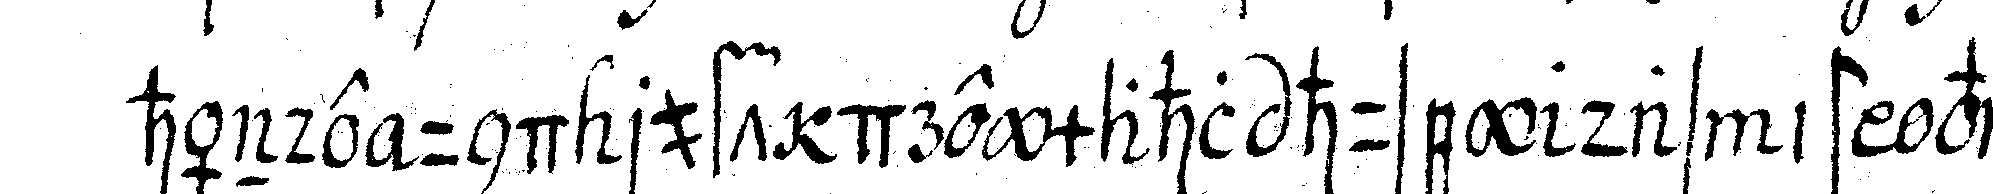
hände und ruft dreymahl husey das ist vivat